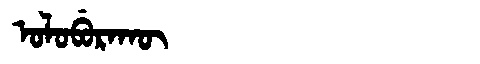
Manchu: ᠣᠯᠣᠪᡠᡵᠠᡴᡡ
Romanization: OLOBURAKŪ